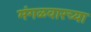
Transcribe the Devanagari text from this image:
मंगळवारच्या